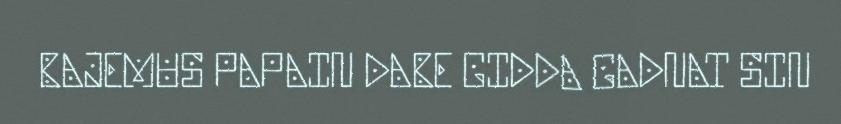
BAJEMUS PAPAIN DABE GIDDA GADNAT SIN